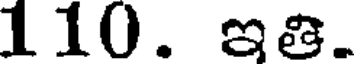
110. ఇతి.